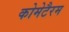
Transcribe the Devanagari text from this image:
कोमेटैरम